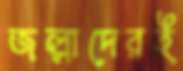
জল্লাদেরই